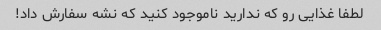
لطفا غذایی رو که ندارید ناموجود کنید که نشه سفارش داد!